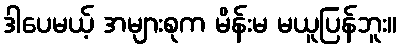
ဒါပေမယ့် အများစုက မိန်းမ မယူပြန်ဘူး။